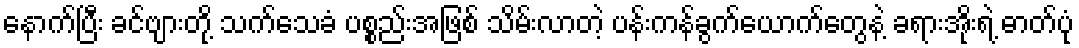
နောက်ပြီး ခင်ဗျားတို့ သက်သေခံ ပစ္စည်းအဖြစ် သိမ်းလာတဲ့ ပန်းကန်ခွက်ယောက်တွေနဲ့ ခရားအိုးရဲ့ ဓာတ်ပုံ